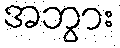
အဘွား